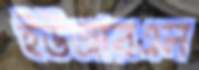
ইউআরএল